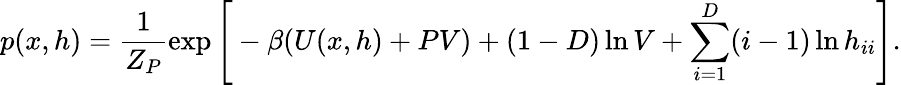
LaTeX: p(x,h)=\frac{1}{Z_{P}}\exp\Bigg[-\beta(U(x,h)+PV)+(1-D)\ln{V}+\sum_{i=1}^{D}(i-1)\ln{h_{ii}}\Bigg].